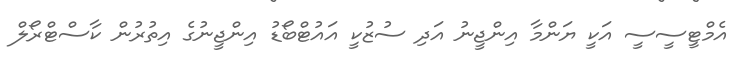
އެމްޓީސީސީ އަކީ ޔަންމާ އިންޖީނު އަދި ސުޒުކީ އައުޓްބޯޑު އިންޖީނުގެ އިތުރުން ކާސްޓްރޯލް